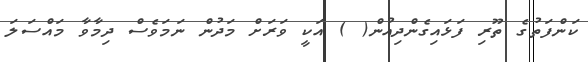
ކަންފަތުގެ ތޫރި ފަޅައިގެންދިއުން( ) އަކީ ވަރަށް މަދުން ނަމަވެސް ދިމާވާ މައްސަލަ